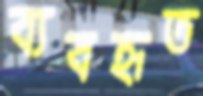
ব্যবহৃত